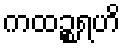
ကထဉ္စရဟိ